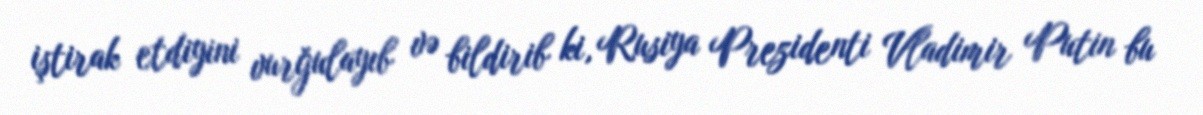
iştirak etdiyini vurğulayıb və bildirib ki, Rusiya Prezidenti Vladimir Putin bu